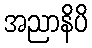
အညာနိပိ